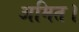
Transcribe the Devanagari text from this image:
अमित।